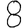
Digit: 8